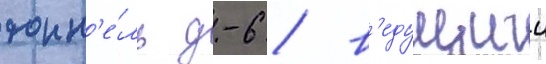
тонн'е́ль д-6 / в'едущии